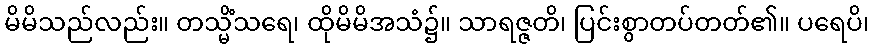
မိမိသည်လည်း။ တသ္မိံသရေ၊ ထိုမိမိအသံ၌။ သာရဇ္ဇတိ၊ ပြင်းစွာတပ်တတ်၏။ ပရေပိ၊